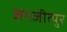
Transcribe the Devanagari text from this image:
जगजीत्पुर